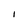
Character: I